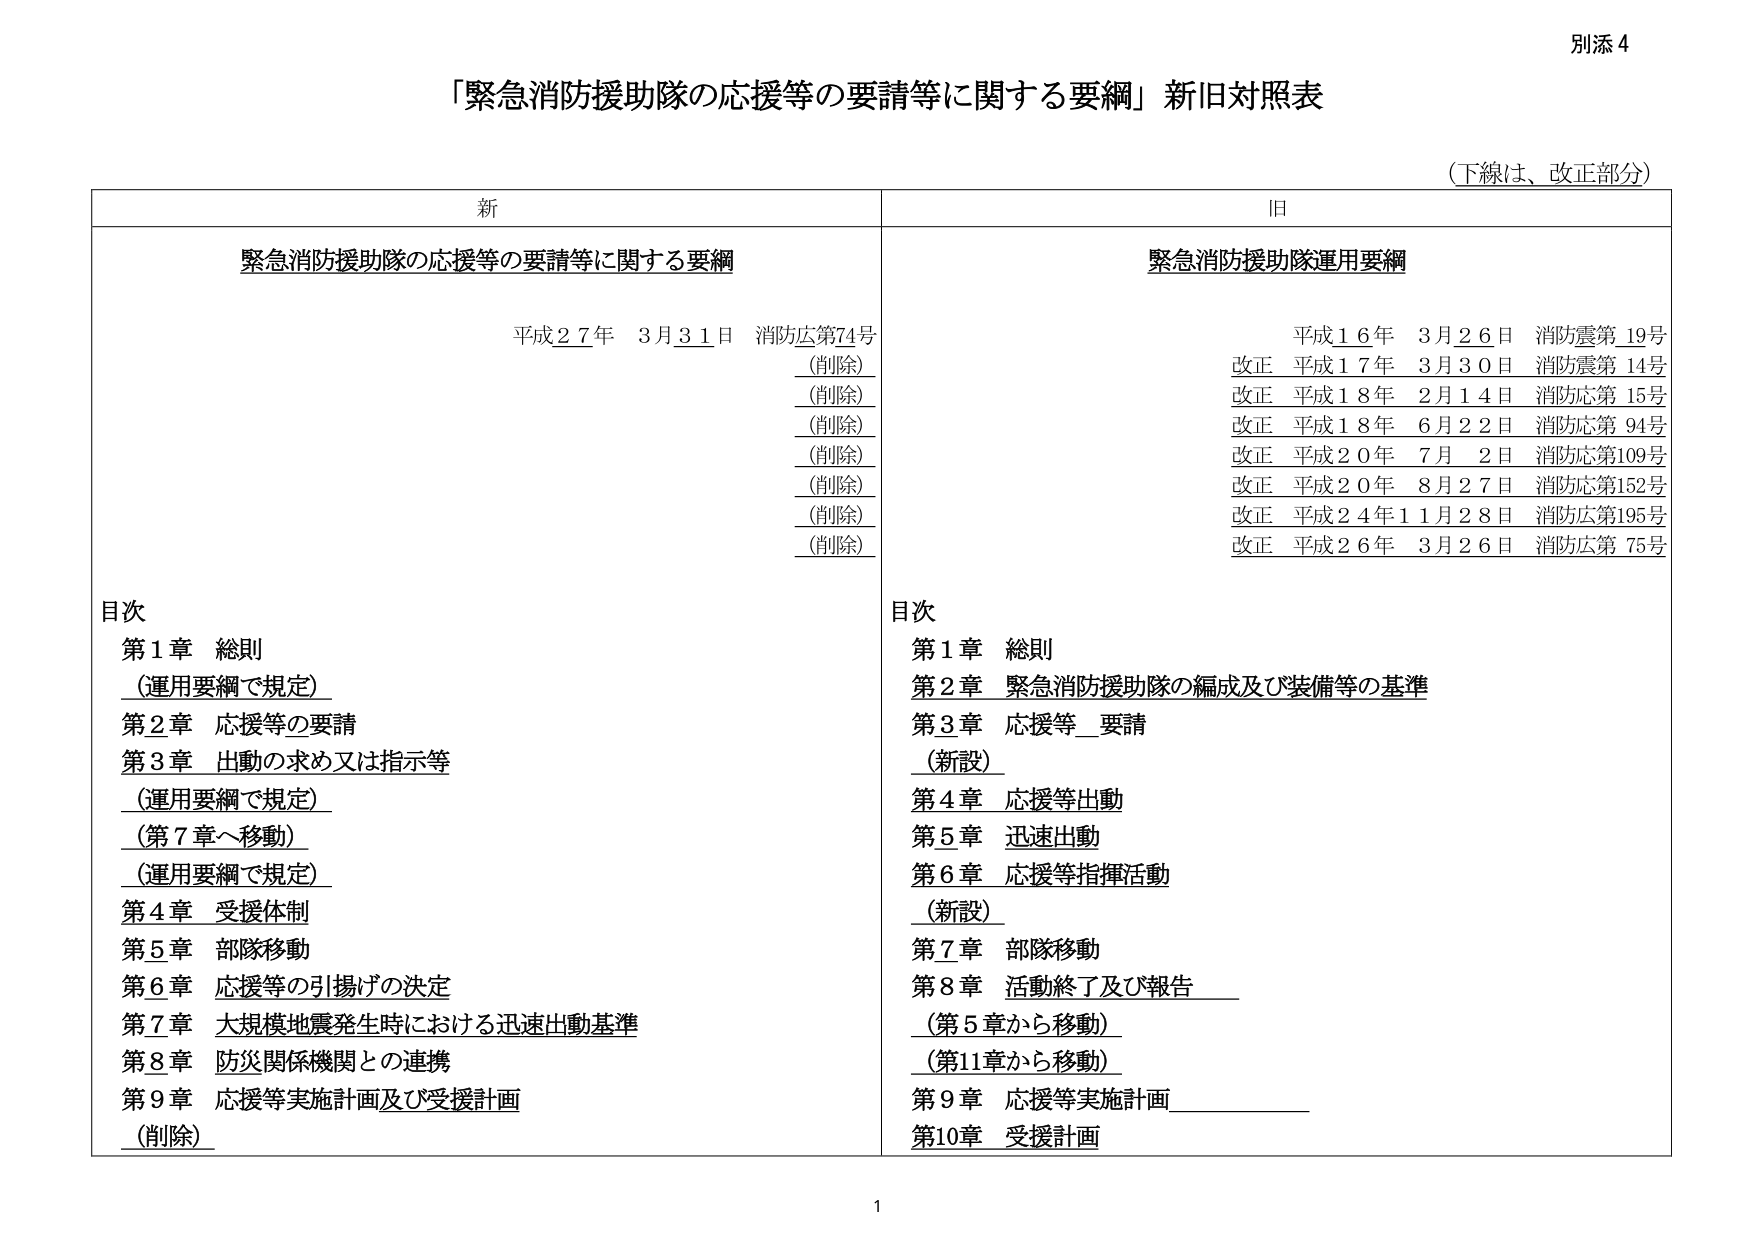
別添４

「緊急消防援助隊の応援等の要請等に関する要綱」新旧対照表

（下線は、改正部分）

新
緊急消防援助隊の応援等の要請等に関する要綱
平成２７年　３月３１日　消防庁第74号
（削除）
（削除）
（削除）
（削除）
（削除）
（削除）
（削除）

目次
第１章　総則
（運用要綱で規定）
第２章　応援等の要請
第３章　出動の求め又は指示等
（運用要綱で規定）
（第７章へ移動）
（運用要綱で規定）
第４章　受援体制
第５章　部隊移動
第６章　応援等の引揚げの決定
第７章　大規模地震発生時における迅速出動基準
第８章　防災関係機関との連携
第９章　応援等実施計画及び受援計画
（削除）

旧
緊急消防援助隊運用要綱
平成１６年　３月２６日　消防震第19号
改正　平成１７年　３月３０日　消防震第14号
改正　平成１８年　２月１４日　消防応第15号
改正　平成１８年　６月２２日　消防応第94号
改正　平成２０年　７月　２日　消防応第109号
改正　平成２０年　８月２７日　消防応第152号
改正　平成２４年１１月２８日　消防庁第195号
改正　平成２６年　３月２６日　消防庁第75号

目次
第１章　総則
第２章　緊急消防援助隊の編成及び装備等の基準
第３章　応援等要請
（新設）
第４章　応援等出動
第５章　迅速出動
第６章　応援等指揮活動
（新設）
第７章　部隊移動
第８章　活動終了及び報告
（第５章から移動）
（第11章から移動）
第９章　応援等実施計画
第10章　受援計画

1